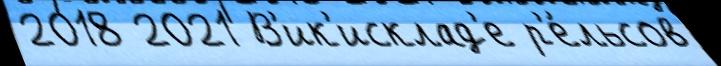
2018 2021 В'ик'исклад'е р'е́льсов